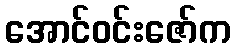
အောင်ဝင်းဇော်က